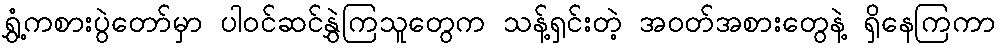
ရွှံ့ကစားပွဲတော်မှာ ပါဝင်ဆင်နွှဲကြသူတွေက သန့်ရှင်းတဲ့ အဝတ်အစားတွေနဲ့ ရှိနေကြကာ